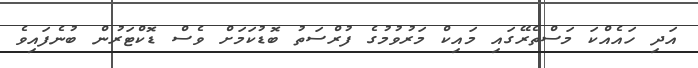
އަދި ހައެއްކަ މަސްތެރޭގައި މައިކް މަރުވުމުގެ ފުރްސަތު ބޮޑުކަމަށް ވެސް ޑޮކްޓަރުން ބުނެފައިވެ